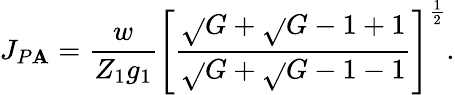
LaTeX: J_{P\mathbf{A}}=\frac{{w}}{{Z_{1}g_{1}}}\left[\frac{{\sqrt{}{{G}}+\sqrt{}{{G-1}}+1}}{{\sqrt{}{{G}}+\sqrt{}{{G-1}}-1}}\right]^{\frac{{1}}{{2}}}.